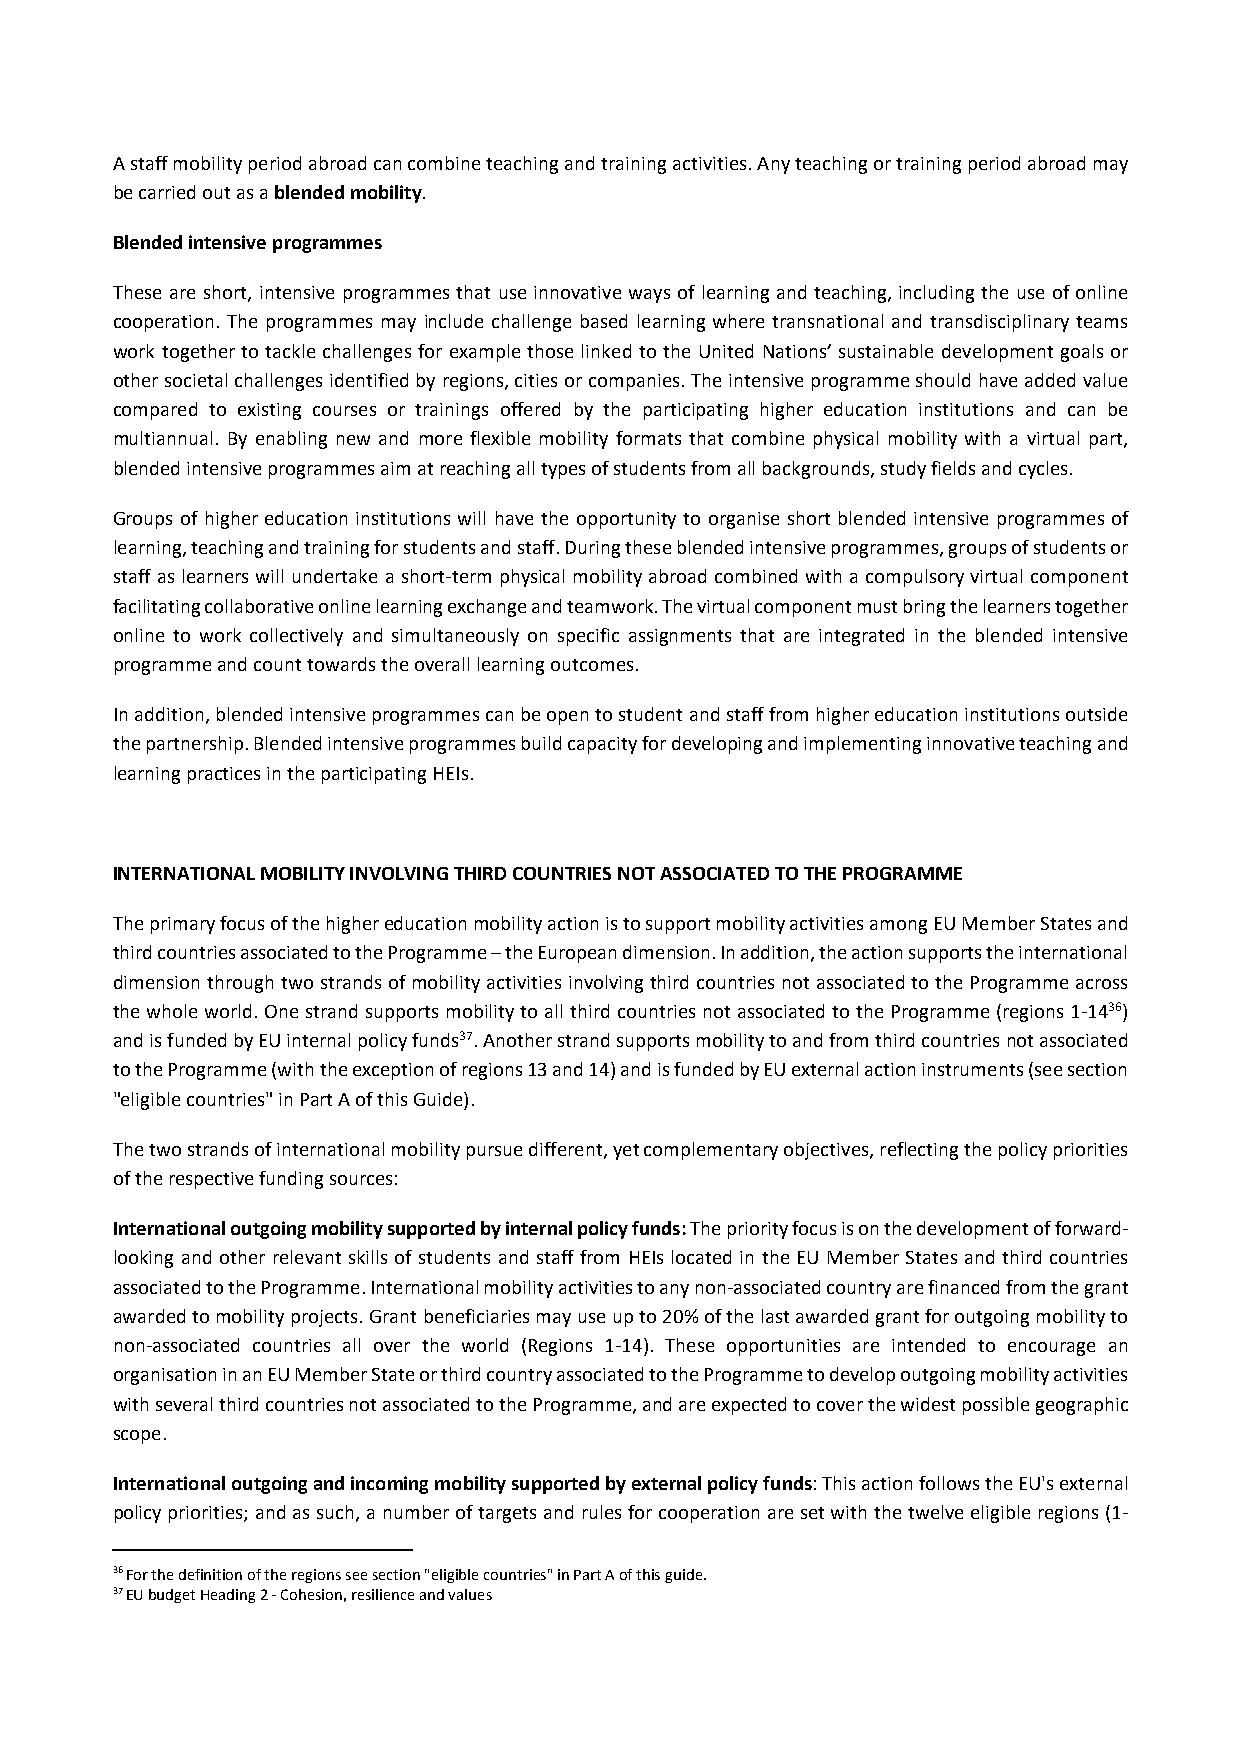
A staff mobility period abroad can combine teaching and training activities. Any teaching or training period abroad may
 be carried out as a blended mobility.
 Blended intensive programmes
 These are short, intensive programmes that use innovative ways of learning and teaching, including the use of online
 cooperation. The programmes may include challenge based learning where transnational and transdisciplinary teams
 work together to tackle challenges for example those linked to the United Nations’ sustainable development goals or
 other societal challenges identified by regions, cities or companies. The intensive programme should have added value
 compared to existing courses or trainings offered by the participating higher education institutions and can be
 multiannual. By enabling new and more flexible mobility formats that combine physical mobility with a virtual part,
 blended intensive programmes aim at reaching all types of students from all backgrounds, study fields and cycles.
 Groups of higher education institutions will have the opportunity to organise short blended intensive programmes of
 learning, teaching and training for students and staff. During these blended intensive programmes, groups of students or
 staff as learners will undertake a short‐term physical mobility abroad combined with a compulsory virtual component
 facilitating collaborative online learning exchange and teamwork. The virtual component must bring the learners together
 online to work collectively and simultaneously on specific assignments that are integrated in the blended intensive
 programme and count towards the overall learning outcomes.
 In addition, blended intensive programmes can be open to student and staff from higher education institutions outside
 the partnership. Blended intensive programmes build capacity for developing and implementing innovative teaching and
 learning practices in the participating HEIs.
 INTERNATIONAL MOBILITY INVOLVING THIRD COUNTRIES NOT ASSOCIATED TO THE PROGRAMME
 The primary focus of the higher education mobility action is to support mobility activities among EU Member States and
 third countries associated to the Programme – the European dimension. In addition, the action supports the international
 dimension through two strands of mobility activities involving third countries not associated to the Programme across
 the whole world. One strand supports mobility to all third countries not associated to the Programme (regions 1‐1436)
 and is funded by EU internal policy funds37. Another strand supports mobility to and from third countries not associated
 to the Programme (with the exception of regions 13 and 14) and is funded by EU external action instruments (see section
 "eligible countries" in Part A of this Guide).
 The two strands of international mobility pursue different, yet complementary objectives, reflecting the policy priorities
 of the respective funding sources:
 International outgoing mobility supported by internal policy funds: The priority focus is on the development of forward‐
 looking and other relevant skills of students and staff from HEIs located in the EU Member States and third countries
 associated to the Programme. International mobility activities to any non‐associated country are financed from the grant
 awarded to mobility projects. Grant beneficiaries may use up to 20% of the last awarded grant for outgoing mobility to
 non‐associated countries all over the world (Regions 1‐14). These opportunities are intended to encourage an
 organisation in an EU Member State or third country associated to the Programme to develop outgoing mobility activities
 with several third countries not associated to the Programme, and are expected to cover the widest possible geographic
 scope.
 International outgoing and incoming mobility supported by external policy funds: This action follows the EU's external
 policy priorities; and as such, a number of targets and rules for cooperation are set with the twelve eligible regions (1‐
 36 For the definition of the regions see section "eligible countries" in Part A of this guide.
 37 EU budget Heading 2 ‐ Cohesion, resilience and values